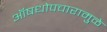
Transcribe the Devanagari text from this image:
ऑषधोपचारामुळे